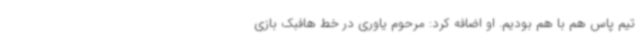
تیم پاس هم با هم بودیم. او اضافه کرد: مرحوم یاوری در خط هافبک بازی